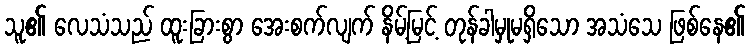
သူ၏ လေသံသည် ထူးခြားစွာ အေးစက်လျက် နိမ့်မြင့် တုန်ခါမှုမရှိသော အသံသေ ဖြစ်နေ၏